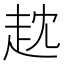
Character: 𧺟